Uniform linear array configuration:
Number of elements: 24
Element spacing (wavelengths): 0.25
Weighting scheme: cosine
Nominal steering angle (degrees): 15
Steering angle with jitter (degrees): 14.53
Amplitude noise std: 0.05
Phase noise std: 0.05

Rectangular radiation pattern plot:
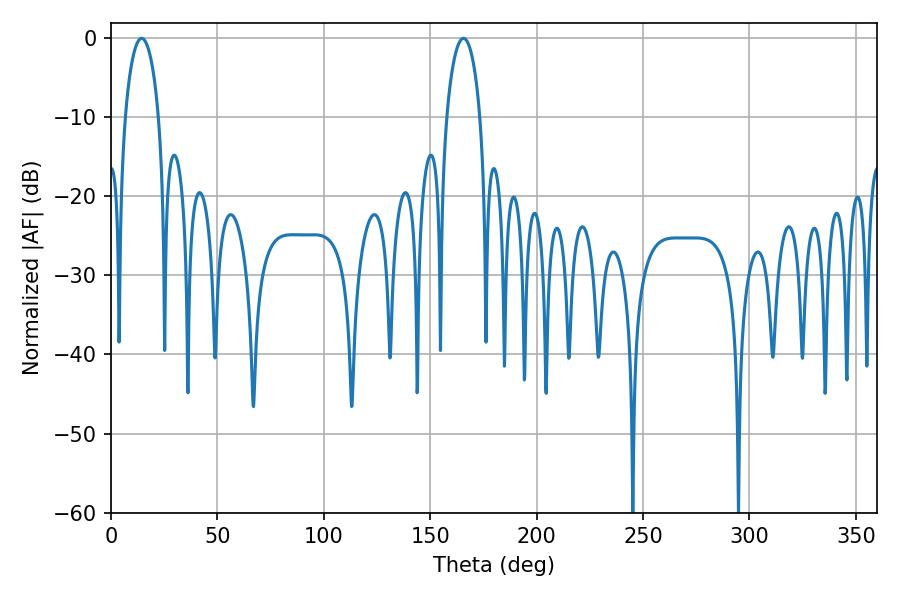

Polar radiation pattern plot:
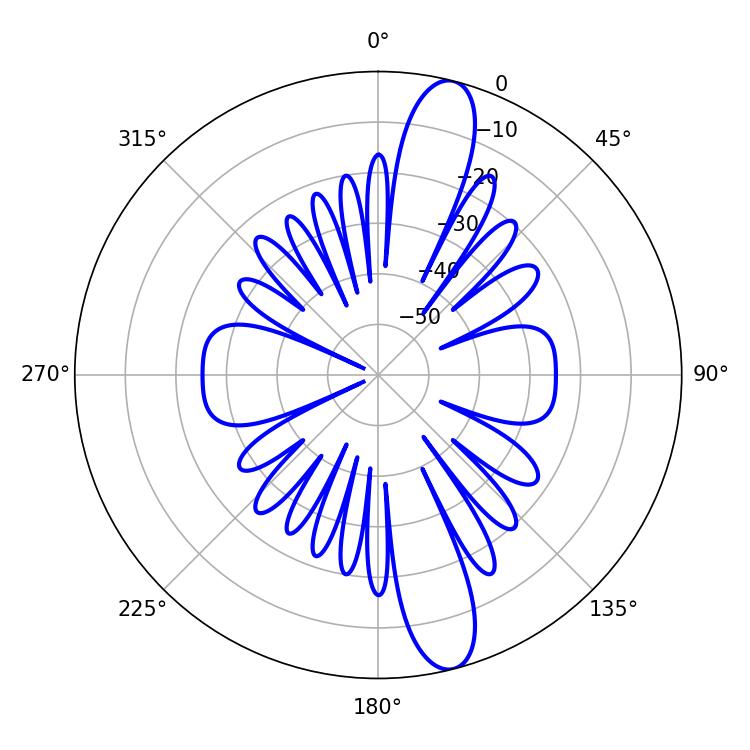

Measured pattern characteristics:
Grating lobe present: FALSE
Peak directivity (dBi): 13.668
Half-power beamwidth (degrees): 9
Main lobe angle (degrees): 14.4